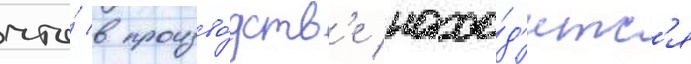
что́ в произво́дств'е нахо́д'итс'я